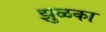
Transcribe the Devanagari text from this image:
झुळका